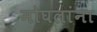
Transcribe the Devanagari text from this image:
मोघलांना